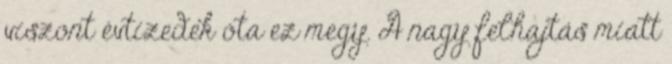
viszont évtizedek óta ez megy. A nagy felhajtás miatt